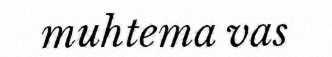
muhtema vas